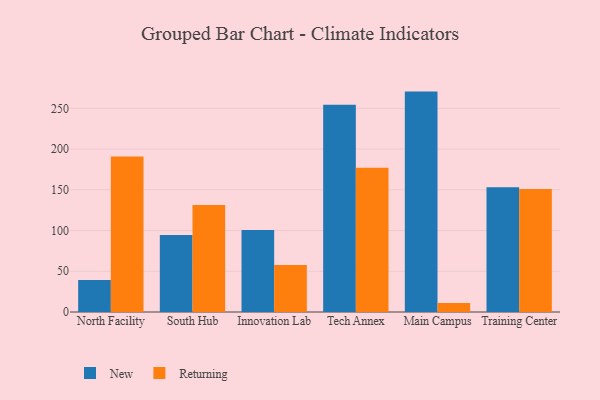
{"axis": {"x": "Campus", "y": "Shipments"}, "legend": ["New", "Returning"], "data": [{"x": "North Facility", "y": 39.3, "type": "New"}, {"x": "North Facility", "y": 190.9, "type": "Returning"}, {"x": "South Hub", "y": 94.6, "type": "New"}, {"x": "South Hub", "y": 131.3, "type": "Returning"}, {"x": "Innovation Lab", "y": 100.8, "type": "New"}, {"x": "Innovation Lab", "y": 57.8, "type": "Returning"}, {"x": "Tech Annex", "y": 254.6, "type": "New"}, {"x": "Tech Annex", "y": 177.0, "type": "Returning"}, {"x": "Main Campus", "y": 270.6, "type": "New"}, {"x": "Main Campus", "y": 11.0, "type": "Returning"}, {"x": "Training Center", "y": 153.3, "type": "New"}, {"x": "Training Center", "y": 151.0, "type": "Returning"}]}